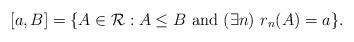
LaTeX: \begin{align*}[a,B]=\{A\in\mathcal{R}:A\le B\mathrm{\ and\ }(\exists n)\ r_n(A)=a\}.\end{align*}